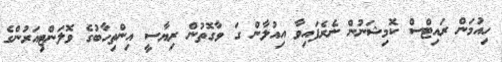
ހިއުމަން ރައިޓްސް ކޮމިޝަނުން ނެރެފައިވާ އިއުލާން ގަ ވާގޮތުން ރިޔާސީ އިންތިހާބުގެ ވޮލަންޓިއަރުންގެ